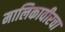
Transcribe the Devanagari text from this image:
मालिकावीरचा